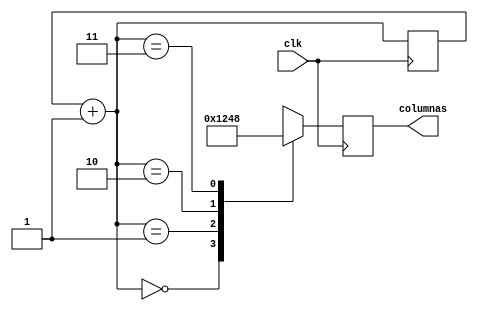
module Barrido(clk, columnas);
//Modulo para el barrido de columnas para el teclado matricial
input clk;
output reg [3:0] columnas;

reg [1:0]selector;

initial begin
columnas = 0;
selector = 0;
end

always @(posedge clk)
begin
//Con un contador, enva una seal a cada una de las columnas una por una
selector = selector + 1; 

	case (selector)
		2'b00: begin columnas = 4'b0001; end
		2'b01: begin columnas = 4'b0010; end
		2'b10: begin columnas = 4'b0100; end
		2'b11: begin columnas = 4'b1000; end
		
		default:
		begin columnas = 4'b0000; end
	endcase
end
endmodule